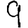
Digit: 9